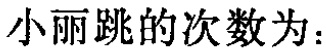
小丽跳的次数为：